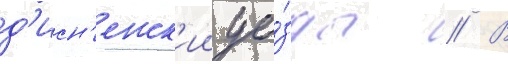
д'исн'енск'ии уе́зды // В